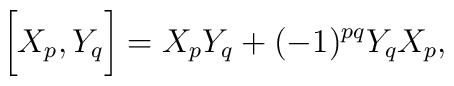
\biggl[ X_{p}, Y_{q}\biggr] = X_{p}Y_{q} + (-1)^{pq} Y_{q}X_{p},